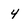
Character: 4